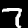
Label: 7